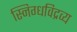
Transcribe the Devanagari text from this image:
स्निग्धविद्रव्य